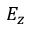
E _ { z }